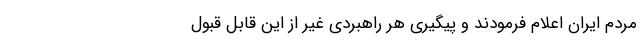
مردم ایران اعلام فرمودند و پیگیری هر راهبردی غیر از این قابل قبول